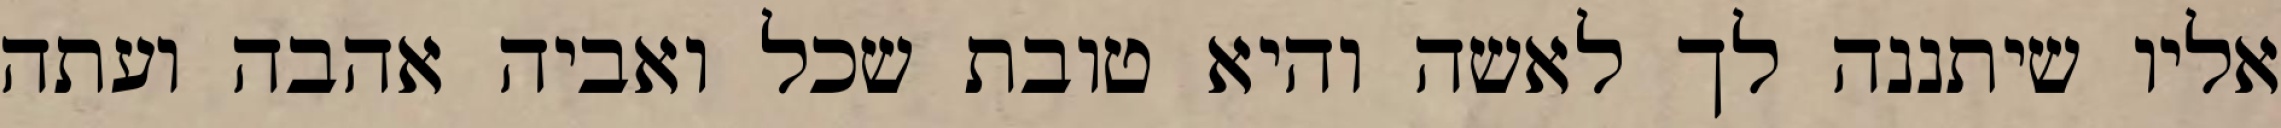
אליו שיתננה לך לאשה והיא טובת שכל ואביה אהבה ועתה